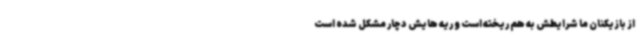
از بازیکنان ما شرایطش به هم ریخته است و ریه هایش دچار مشکل شده است